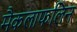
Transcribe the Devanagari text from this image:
मैकलाफलिन